Vital statistics of India. Vol. IV, Annual returns from 1871 to 1876. British Army of India, Native Army and jails of Bengal
Year: 1871
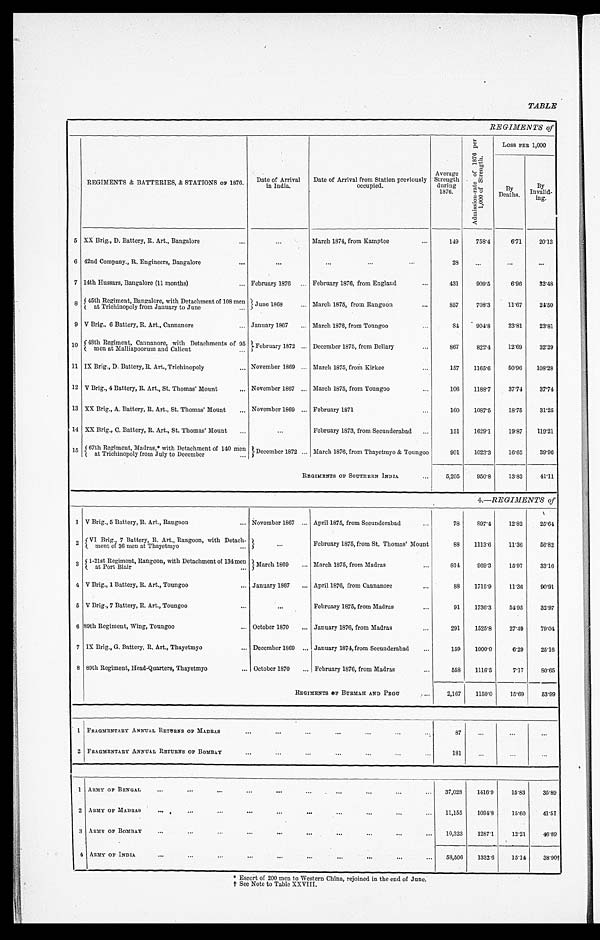
TABLE
REGIMENTS of
REGIMENTS & BATTERIES, & STATIONS OF 1876. Date of Arrival
in India.
Date of Arrival from Station previously occupied.
Average
Strength
d u r i n g
1876.
A d m i s s i o n - r a t e o f 1 8 7 6 p e r
1 , 0 0 0 o f S t r e n g t h
LOSS PER 1,000
By
Deaths.
By
Invalid- ing.
5 XX Brig., D. Battery, R. Art., Bangalore
March 1874, from Kamptee
149 758.4
6. 71 20. 13
6 42nd Company., R. Engineers, Bangalore
28
7 14th Hussars, Bangalore (11 months)
February 1876
February 1876, from England
431 909. 5
6. 96 32. 48
8 45th Regiment, Bangalore, with Detachment of 108 men
at Trichinopoly from January to June
June 1868
March 1875, from Rangoon
857 708. 3 11. 67 24. 50
9 V Brig., 6 Battery, R. Art., Cannanore
January 1867
March 1876, from Toungoo
84 904.8 23. 81 23. 81
10 48th Regiment, Cannanore, with Detachments of 95 m e n a t M a l l i a p o o r u m a n d C a l i c u t .
F e b r u a r y 1 8 7 2 December 1875, from Bellary
867 822.4 12. 69 32. 29
11 IX Brig., D. Battery, R. Art., Trichinopoly
November 1869 March 1875, from Kirkee
157 1165. 6 50. 96 108. 28
12 V Brig., 4 Battery, R. Art., St. Thomas' Mount November 1867 March 1875, from Toungoo
106 1188. 7 37. 74 37. 74
13 XX Brig., A. Battery, R. Art., St. Thomas' Mount November 1869 February 1871
160 1087. 5 18. 75 31. 25
14 XX Brig., C. Battery, R. Art., St. Thomas' Mount
February 1873, from Secunderabad
151 1629. 1 19. 87 119. 21
15 67th Regiment, Madras,* withD e t a c h m e n t
of 140 men
at Trichinopoly from July to December December 1872 March 1876, from Thayetmyo & Toungoo
901 1023. 3 16. 65 39. 96
R E G I M E N T S O F S O U T H E R N I N D I A
5,205 950. 8 13. 83 41. 11
4.—REGIMENTS of
1 V Brig., 5 Battery, R. Art., Rangoon
November 1867 April 1875, from Secunderabad
78 897.4 12.82 25.64
2 VI Brig., 7 Battery, R. Art., Rangoon, with Detach-
ment of 36 men at Thayetmyo
February 1875, from St. Thomas' Mount
88 1113.6 11.36 56.82
3
1-21st Regiment, Rangoon, with Detachment of 134 men
at Port Blair
March 1869
March 1875, from Madras
814 969.3 15.97 33.16
4 V Brig., 1 Battery, R. Art., Toungoo
January 1867
April 1876, from Cannanore
88 1715.9 11.36 90.91
5 V Brig., 7 Battery, R. Art., Toungoo
February 1875, from Madras
91 1736.3 54.95 32.97
6 89th Regiment, Wing, Toungoo
October 1870
January 1876, from Madras
291 1525.8 27.49 79.04
7 IX Brig., G. Battery, R. Art., Thayetmyo
December 1869 January 1874, from Secunderabad
159 1000.0 6.29 25.16
8 89th Regiment, Head-Quarters, Thayetmyo
October 1870
February 1876, from Madras
558 1116.5 7.17 80.65
R E G I M E N T S O F B U R M A H A N D P E G U
2,167 1150.0 15.69 53.99
1 FRAGMENTARY. ANNUAL RETURNS OF MADRAS
87
2 FRAGMENTARY ANNUAL RETURNS OF BOMBAY
181
1 ARMY OF BENGAL 37,028 1416.9 15. 83 35. 89
2 ARMY OF MADRAS
11,155 1094.8 15. 60 41. 51
3 ARMY OF BOMBAY
10,323 1287.1 12. 21 46. 89
4 ARMY OF INDIA
58,506 1332.6 15. 14 38. 90†
* E s c o r t o f 2 0 0 m e n t o W e s t e r n C h i n a , r e j o i n e d i n t h e e n d o f J u n e .
† S e e N o t e t o T a b l e X X V I I I .